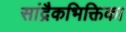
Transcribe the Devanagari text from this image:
सांद्रैकभिक्तिका